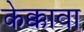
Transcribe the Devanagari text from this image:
केक्कावा